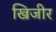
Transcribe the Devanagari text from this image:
खिजीर